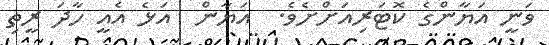
ވަނީ އަޔާންގެ ކޮޓަރިއަށްށެވެ.  އަޔާން  އަޅެ އެއީ ހާދަ ރީތި